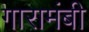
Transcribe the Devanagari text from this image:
गारामंबी